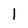
Character: l